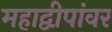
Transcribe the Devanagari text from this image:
महाद्वीपांवर